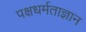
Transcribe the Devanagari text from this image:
पक्षधर्मताज्ञान